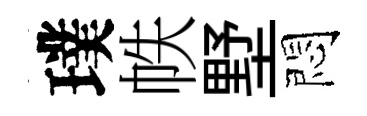
璞帙墅悶